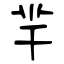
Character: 羋